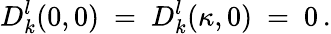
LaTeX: D_{k}^{l}(0,0)\ =\ D_{k}^{l}(\kappa,0)\ =\ 0\, .